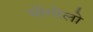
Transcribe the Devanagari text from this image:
मोंगोलो